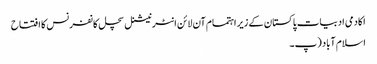
اکادمی ادبیات پاکستان کے زیر اہتمام آن لائن انٹرنیشنل سچل کانفرنس کا افتتاح
اسلام آباد (پ۔